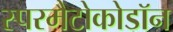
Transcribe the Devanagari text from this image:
स्परमैटोकोडॉन